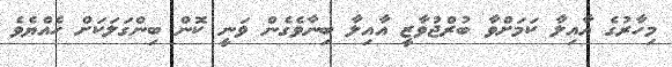
މިހާރުގެ އާއިލާ ކަމަށްވާ ބުރްޖުވާޒީ އާއިލާ ބިނާވެގެން ވަނީ ކޮން ބިންގަލަކަށް ހެއްޔެވެ